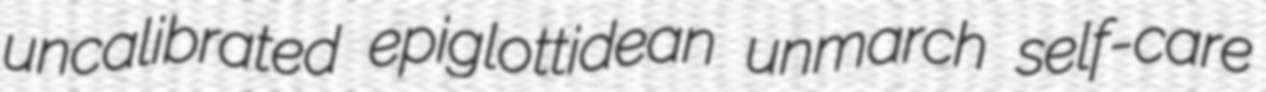
uncalibrated epiglottidean unmarch self-care